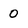
Character: o